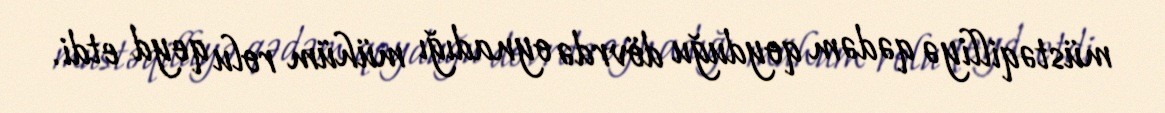
müstəqilliyə qədəm qoyduğu dövrdə oynadığı mühüm rolu qeyd etdi.